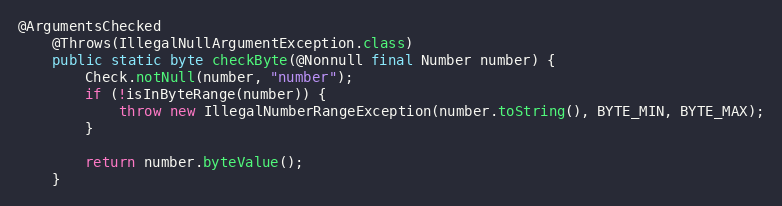
Language: Java
@ArgumentsChecked
	@Throws(IllegalNullArgumentException.class)
	public static byte checkByte(@Nonnull final Number number) {
		Check.notNull(number, "number");
		if (!isInByteRange(number)) {
			throw new IllegalNumberRangeException(number.toString(), BYTE_MIN, BYTE_MAX);
		}

		return number.byteValue();
	}